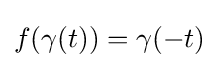
f(\gamma (t))=\gamma (-t)